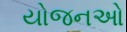
યોજનઓ